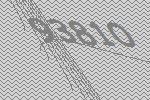
93810